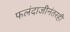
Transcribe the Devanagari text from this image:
फलंदाजीनंतरही